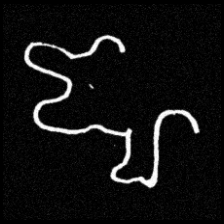
Pyu character \u2014 Myanmar letter: ဈ (romanized: jha)